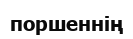
поршеннің